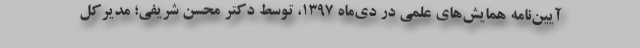
آیین‌نامه همایش‌های علمی در دی‌ماه ۱۳۹۷، توسط دکتر محسن شریفی؛ مدیرکل